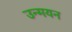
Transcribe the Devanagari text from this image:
उन्मयन